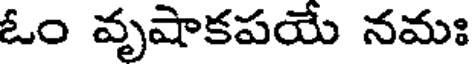
ఓం వృషాకపయే నమః